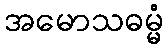
အမောသဓမ္မံ